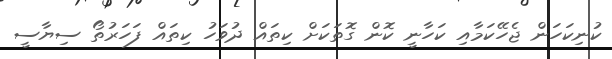
ކުނިކަހަން ޖެހޭކަމާއި ކަހާނީ ކޮން ގޮތަކަށް ކިތައް ދުވަހު ކިތައް ފަހަރުތޯ ސިޔާސީ